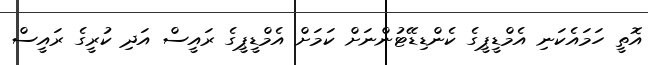
އޮތީ ހަމައެކަނި އެމްޑީޕީގެ ކެންޑިޑޭޓުންނަށް ކަމަށް އެމްޑީޕީގެ ރައީސް އަދި ކުރީގެ ރައީސް